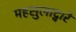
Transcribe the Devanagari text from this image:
महसुलाद्वारे